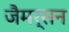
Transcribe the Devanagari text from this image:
जैमर्सन